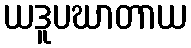
ယဒူပဃာတာယ